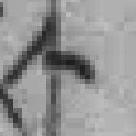
人